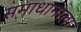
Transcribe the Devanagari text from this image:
समाधानाला